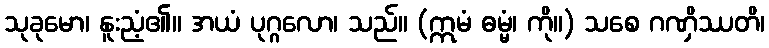
သုခုမော၊ နူးညံ့၏။ အယံ ပုဂ္ဂလော၊ သည်။ (ဣမံ ဓမ္မံ၊ ကို။) သစေ ဂဏှိဿတိ၊